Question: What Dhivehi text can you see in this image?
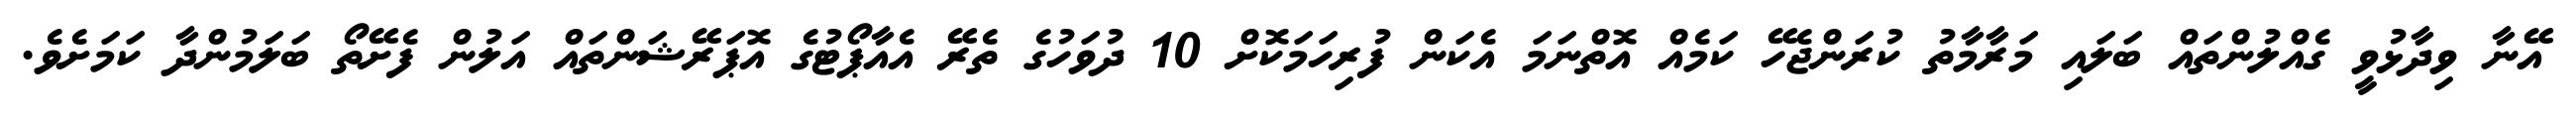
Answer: އޭނާ ވިދާޅުވީ ގެއްލުންތައް ބަލައި މަރާމާތު ކުރަންޖެހޭ ކަމެއް އޮތްނަމަ އެކަން ފުރިހަމަކޮށް 10 ދުވަހުގެ ތެރޭ އެއާޕޯޓުގެ އޮޕަރޭޝަންތައް އަލުން ފެށޭތޯ ބަލަމުންދާ ކަމަށެވެ.